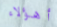
أهؤلاء